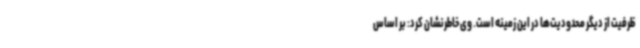
ظرفیت از دیگر محدودیت‌ها در این زمینه است. وی خاطرنشان کرد: بر اساس